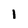
Character: 1